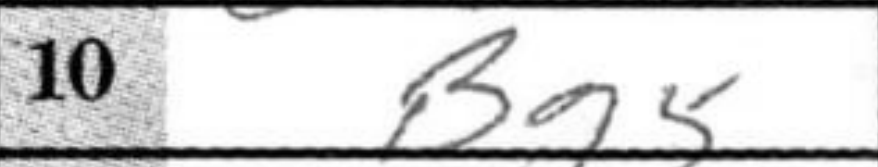
Transcription: Bg5